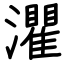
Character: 灈